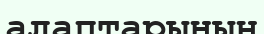
алаптарының